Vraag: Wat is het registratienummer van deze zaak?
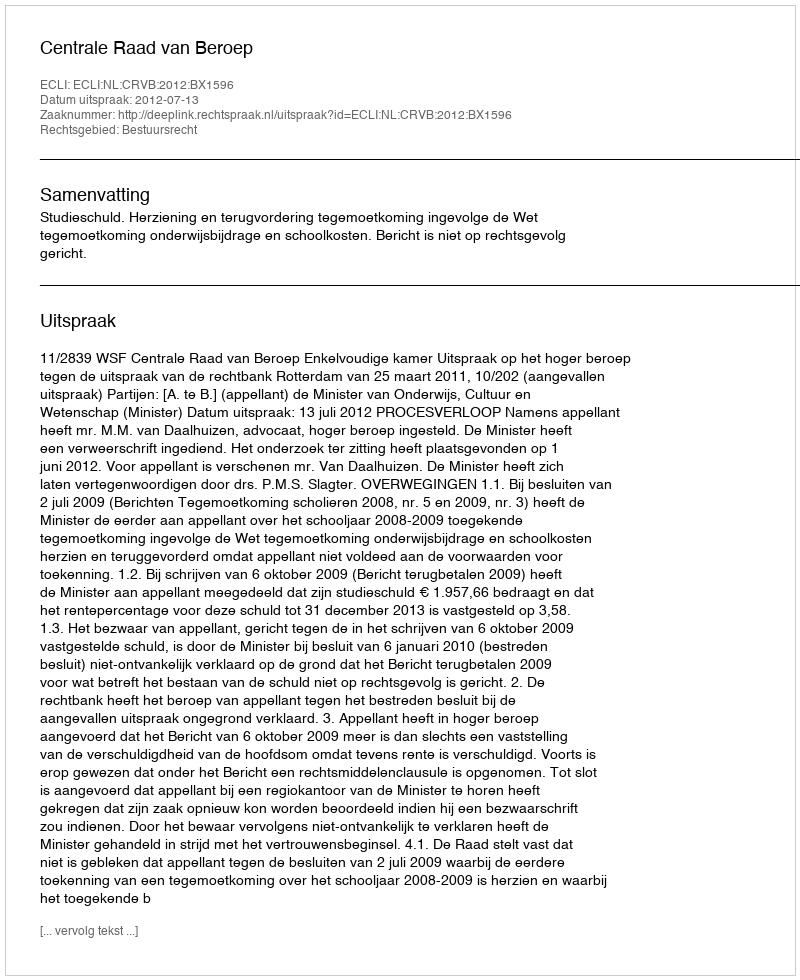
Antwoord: http://deeplink.rechtspraak.nl/uitspraak?id=ECLI:NL:CRVB:2012:BX1596